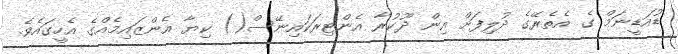
ޑުއަޑީނަމް ގެ އެތެރޭގެ ދުލިފަށް އިން ދޫކުރާ އެންޓިރަކައިނޭސް() ކިޔާ އެންޒައިމެއްގެ އެހީގައެވެ.